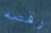
رقصه